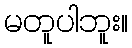
မတူပါဘူး။